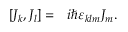
\left[ { J } _ { k } , { J } _ { l } \right] = \ \ i \hbar \varepsilon _ { k l m } { J } _ { m } .